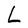
Character: L